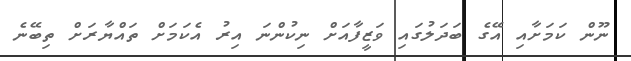
ނޫން ކަމަށާއި އޭގެ ބަދަލުގައި ވަޒީފާއަށް ނިކުންނަ އިރު އެކަމަށް ތައްޔާރަށް ތިބޭނެ